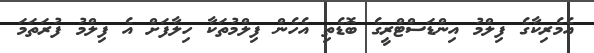
އެމެރިކާގެ ފިލްމު އިންޑަސްޓްރީގެ ބޮޑެތި އެހެން ފިލްމުތަކާ ހިލާފަށް އެ ފިލްމު ފުރަތަމަ